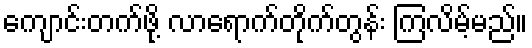
ကျောင်းတက်ဖို့ လာရောက်တိုက်တွန်း ကြလိမ့်မည်။